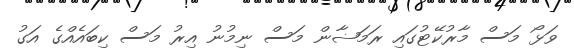
ވަޅޯ މަސް މާރުކޭޓުގައި ރަމަޟާން މަސް ނިމުނު އިރު މަސް ކިބައެއްގެ އަގު